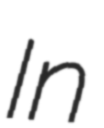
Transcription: In